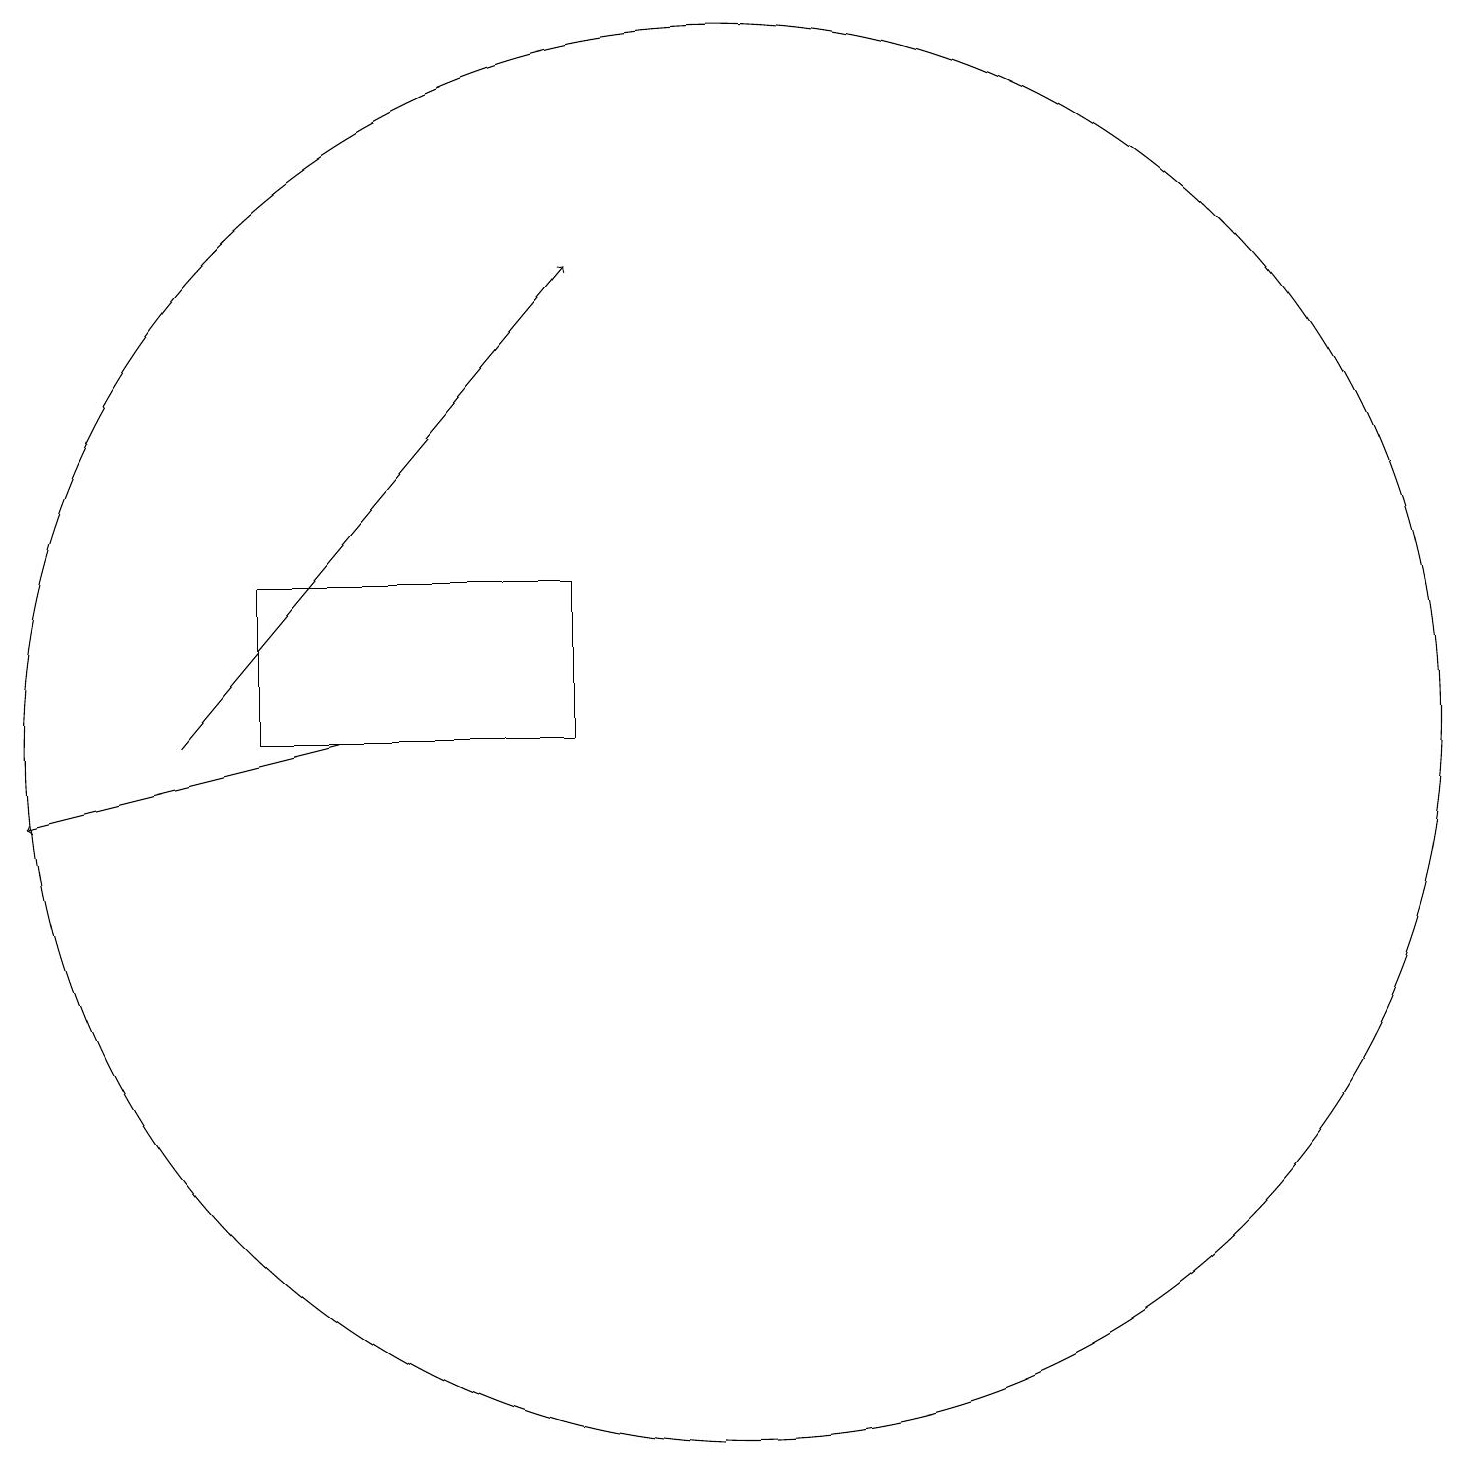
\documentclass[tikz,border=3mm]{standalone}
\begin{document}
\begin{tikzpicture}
\draw (5,14) rectangle (9,12);
\draw[->] (4,12) -- (9,18);
\draw[->] (6,12) -- (2,11);
\draw (11,12) circle (9);
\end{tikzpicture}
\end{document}